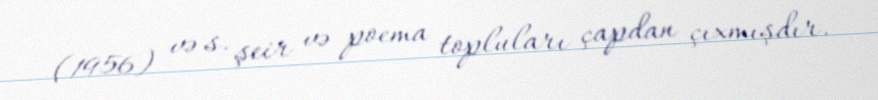
(1956) və s. şeir və poema topluları çapdan çıxmışdır.